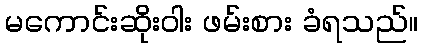
မကောင်းဆိုးဝါး ဖမ်းစား ခံရသည်။